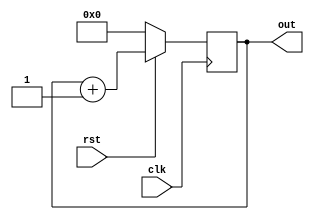
module counter(clk,rst,out);
input clk,rst;
output reg [3:0] out;
always @(posedge clk)
begin
if(!rst)
out<=4'b0;
else
out<=out+4'b1;
end
endmodule